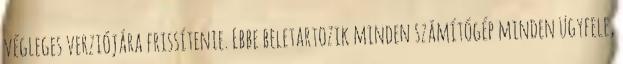
végleges verziójára frissítenie. Ebbe beletartozik minden számítógép minden ügyfele,